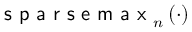
\textsf { s p a r s e m a x } _ { n } \left( \cdot \right)